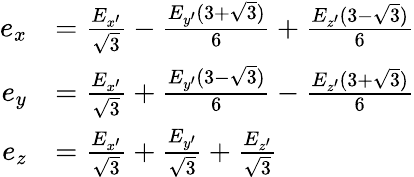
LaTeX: \begin{array}{rl}{e_{x}}&{=\frac{E_{x^{\prime}}}{\sqrt{3}}-\frac{E_{y^{\prime}}(3+\sqrt{3})}{6}+\frac{E_{z^{\prime}}(3-\sqrt{3})}{6}}\\ {e_{y}}&{=\frac{E_{x^{\prime}}}{\sqrt{3}}+\frac{E_{y^{\prime}}(3-\sqrt{3})}{6}-\frac{E_{z^{\prime}}(3+\sqrt{3})}{6}}\\ {e_{z}}&{=\frac{E_{x^{\prime}}}{\sqrt{3}}+\frac{E_{y^{\prime}}}{\sqrt{3}}+\frac{E_{z^{\prime}}}{\sqrt{3}}}\end{array}